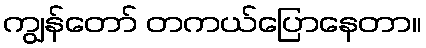
ကျွန်တော် တကယ်ပြောနေတာ။